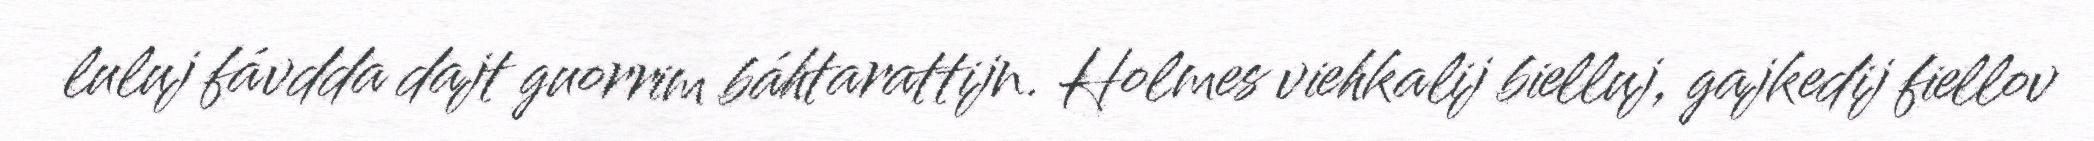
luluj fávdda dajt guorrim báhtarattijn. Holmes viehkalij bielluj, gajkedij fiellov